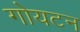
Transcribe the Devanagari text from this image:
गोयटन